Treatise on elephants
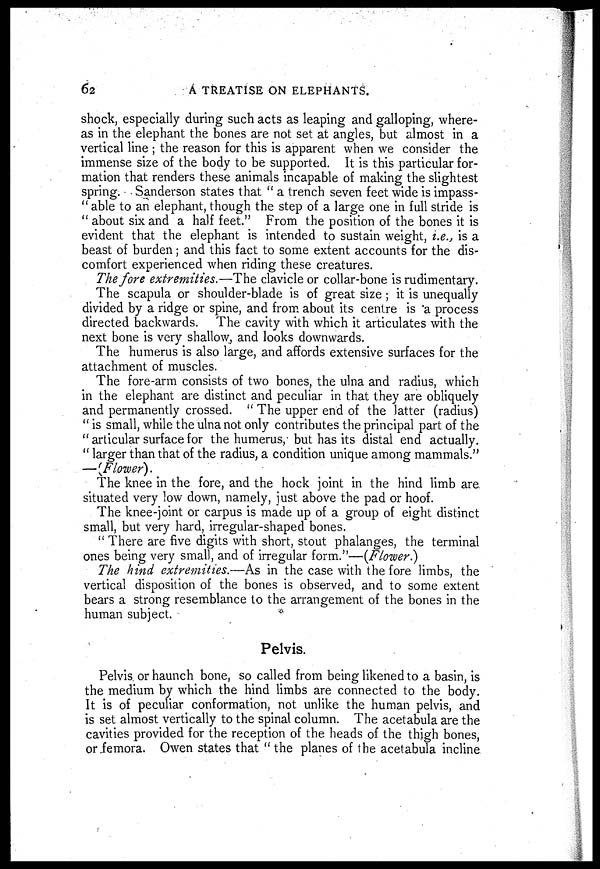
62
A TREATISE ON ELEPHANTS.
shock, especially during such acts as leaping and galloping, where-
as in the elephant the bones are not set at angles, but almost in a
vertical line ; the reason for this is apparent when we consider the
immense size of the body to be supported. It is this particular for-
mation that renders these animals incapable of making the slightest
spring. Sanderson states that " a trench seven feet wide is impass-
" able to an elephant, though the step of a large one in full stride is
" about six and a half feet." From the position of the bones it is
evident that the elephant is intended to sustain weight, i.e., is a
beast of burden; and this fact to some extent accounts for the dis-
comfort experienced when riding these creatures.
The fore extremities.—The clavicle or collar-bone is rudimentary.
The scapula or shoulder-blade is of great size ; it is unequally
divided by a ridge or spine, and from about its centre is "a process
directed backwards. The cavity with which it articulates with the
next bone is very shallow, and looks downwards.
The humerus is also large, and affords extensive surfaces for the
attachment of muscles.
The fore-arm consists of two bones, the ulna and radius, which
in the elephant are distinct and peculiar in that they are obliquely
and permanently crossed. " The upper end of the latter (radius)
" is small, while the ulna not only contributes the principal part of the
" articular surface for the humerus, but has its distal end actually.
" larger than that of the radius, a condition unique among mammals."
—(Flower).
The knee in the fore, and the hock joint in the hind limb are
situated very low down, namely, just above the pad or hoof.
The knee-joint or carpus is made up of a group of eight distinct
small, but very hard, irregular-shaped bones.
" There are five digits with short, stout phalanges, the terminal
ones being very small, and of irregular form."—(Flower.)
The hind extremities.—As in the case with the fore limbs, the
vertical disposition of the bones is observed, and to some extent
bears a strong resemblance to the arrangement of the bones in the
human subject.
Pelvis.
Pelvis or haunch bone, so called from being likened to a basin, is
the medium by which the hind limbs are connected to the body.
It is of peculiar conformation, not unlike the human pelvis, and
is set almost vertically to the spinal column. The acetabula are the
cavities provided for the reception of the heads of the thigh bones,
or femora. Owen states that " the planes of the acetabula incline